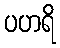
ပဟရိ